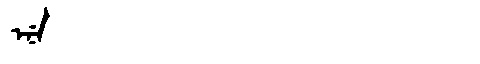
Manchu: ᡝᠨᡝ
Romanization: ENE